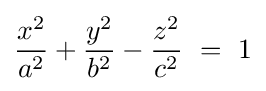
{\frac {x^{2}}{a^{2}}}+{\frac {y^{2}}{b^{2}}}-{\frac {z^{2}}{c^{2}}}\ =\ 1